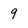
Character: 9